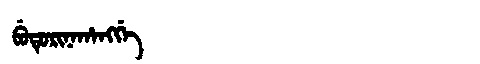
Manchu: ᠪᡠᡨᡠᡵᡳᠨᠠᡥᠠᠩᡤᡝ
Romanization: BUTURINAHANGGE